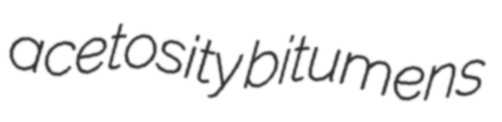
acetosity bitumens